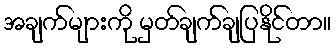
အချက်များကို မှတ်ချက်ချပြနိုင်တာ။